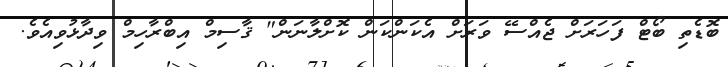
ބޮޑެތި ބޯޓް ފަހަރަށް ޖެއްސޭ ވަރަށް އެކަންކަން ކޮށްލާނަން" ޤާސިމް އިބްރާހިމް ވިދާޅުވިއެވެ.